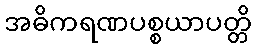
အဓိကရဏပစ္စယာပတ္တိ